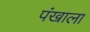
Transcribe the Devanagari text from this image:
पंखाला